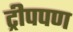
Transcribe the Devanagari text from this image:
ट्रीपपण